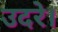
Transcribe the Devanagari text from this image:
उदरे।